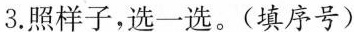
3.照样子，选一选。(填序号)